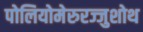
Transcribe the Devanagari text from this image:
पोलियोमेरुरज्जुशोथ